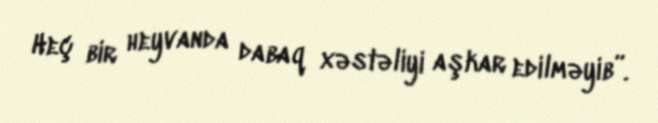
Heç bir heyvanda dabaq xəstəliyi aşkar edilməyib”.